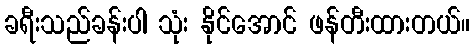
ခရီးသည်ခန်းပါ သုံး နိုင်အောင် ဖန်တီးထားတယ်။